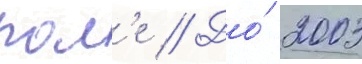
пол'е // До́ 2003